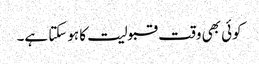
کوئی بھی وقت قبولیت کا ہوسکتا ہے۔